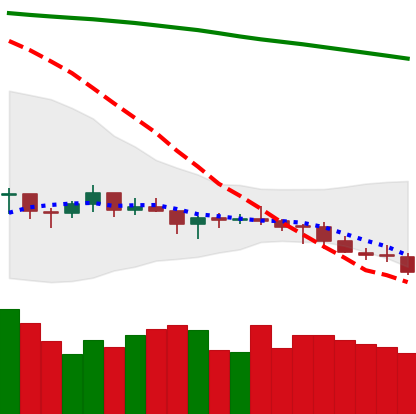
Ticker: LTC-USD
Chart end date: 2021-07-19
Forward return: 11.509%
Label: up_7plus